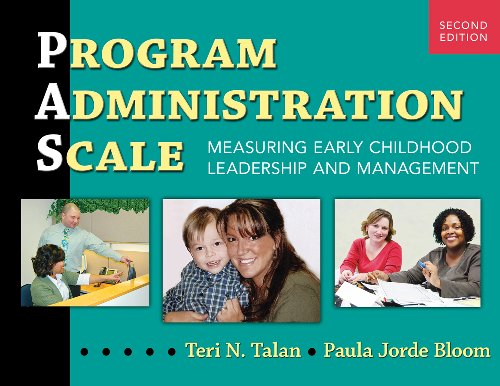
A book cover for Program Administration Scale: Measuring Early Childhood Leadership and Management, Second Edition; Teri N. Talan; Education & Teaching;